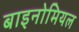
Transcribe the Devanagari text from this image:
बाइनोमियल